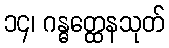
၁၄၊ ဂန္ဓတ္ထေနသုတ်